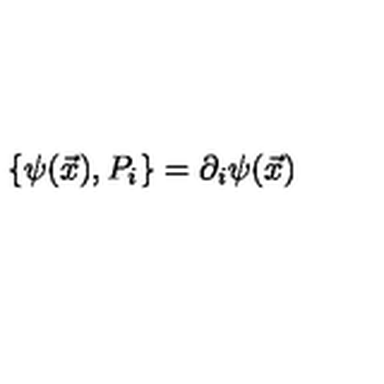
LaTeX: \{ \psi ( \vec { x } ) , P _ { i } \} = \partial _ { i } \psi ( \vec { x } )